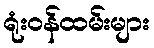
ရုံးဝန်ထမ်းများ